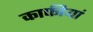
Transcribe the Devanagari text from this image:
काफीयां